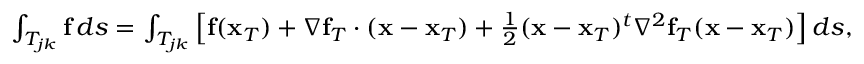
\begin{array} { r } { \int _ { T _ { j k } } { \bf f } \, d s = \int _ { T _ { j k } } \left[ { \bf f } ( { \bf x } _ { T } ) + \nabla { \bf f } _ { T } \cdot ( { \bf x } - { \bf x } _ { T } ) + \frac { 1 } { 2 } ( { \bf x } - { \bf x } _ { T } ) ^ { t } \nabla ^ { 2 } { \bf f } _ { T } ( { \bf x } - { \bf x } _ { T } ) \right] d s , } \end{array}